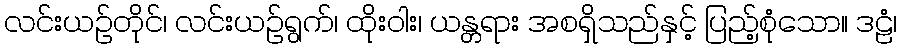
လင်းယဉ်တိုင်၊ လင်းယဉ်ရွက်၊ ထိုးဝါး၊ ယန္တရား အစရှိသည်နှင့် ပြည့်စုံသော။ ဒဠံ၊